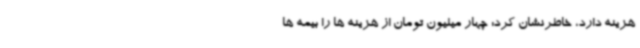
هزینه دارد، خاطرنشان کرد: چهار میلیون تومان از هزینه ها را بیمه ها